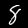
Label: 8